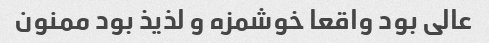
عالی بود واقعا خوشمزه و لذیذ بود ممنون